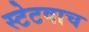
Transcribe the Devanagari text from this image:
स्टेटवाच